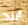
أريد